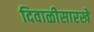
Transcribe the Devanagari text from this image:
दिवाळीसारखे